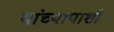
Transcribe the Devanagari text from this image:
यांच्यापाशी